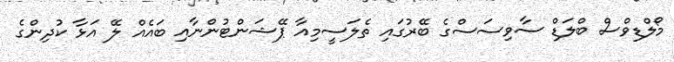
މޯލްޑިވްސް ބްލަޑް ސާވިސަސްގެ ބޭރުގައި ތެލަސީމިއާ ޕޭޝަންޓުންނާއި ބައެއް ލޭ އަޅާ ކުދިންގެ